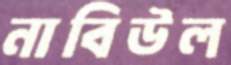
নাবিউল